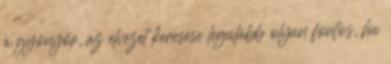
a gyönyör, az élvezet keresése legalább olyan fontos, ha